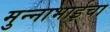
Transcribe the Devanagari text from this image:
मुन्नाभाईचा